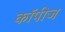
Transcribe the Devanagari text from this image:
कॉपीज